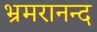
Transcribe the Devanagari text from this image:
भ्रमरानन्‍द